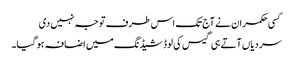
کسی حکمران نے آج تک اس طرف توجہ نہیں دی
سردیاں آتے ہی گیس کی لوڈشیڈنگ میں اضافہ ہو گیا۔